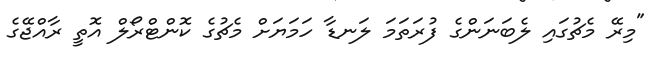
"މިރޭ މެޗުގައި ލެބަނަންގެ ފުރަތަމަ ލަނޑާ ހަމަޔަށް މެޗުގެ ކޮންޓްރޯލް އޮތީ ރާއްޖޭގެ